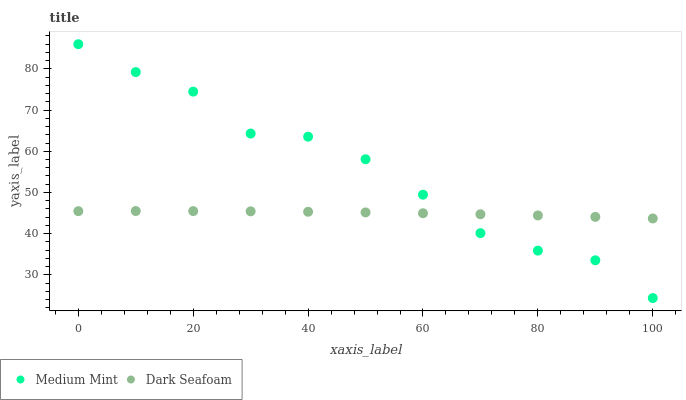
| xaxis_label | Medium Mint | Dark Seafoam |
 | --- | --- | --- |
 | 0 | 86 | 45.5 |
 | 10 | 79.2 | 45.5 |
 | 20 | 74.5 | 45.5 |
 | 30 | 64.3 | 45.4 |
 | 40 | 63.5 | 45.3 |
 | 50 | 58.1 | 45.2 |
 | 60 | 49.5 | 45 |
 | 70 | 40.1 | 44.7 |
 | 80 | 35.9 | 44.4 |
 | 90 | 33.5 | 44.1 |
 | 100 | 24.4 | 43.7 |